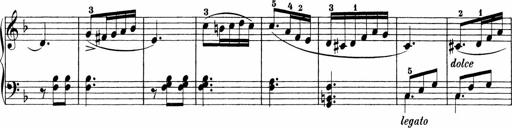
Title: Sonatinen Op.47, 98 und 136, nebst 6 Liedersonatinen
Composer: Carl Reinecke